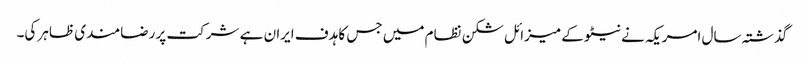
گذشتہ سال امریکہ نے نیٹو کے میزائل شکن نظام میں جس کا ہدف ایران ہے شرکت پر رضامندی ظاہر کی۔